Civil Veterinary Dept. Bombay admin report 1914-1922 - 1914-1922
Year: 1914
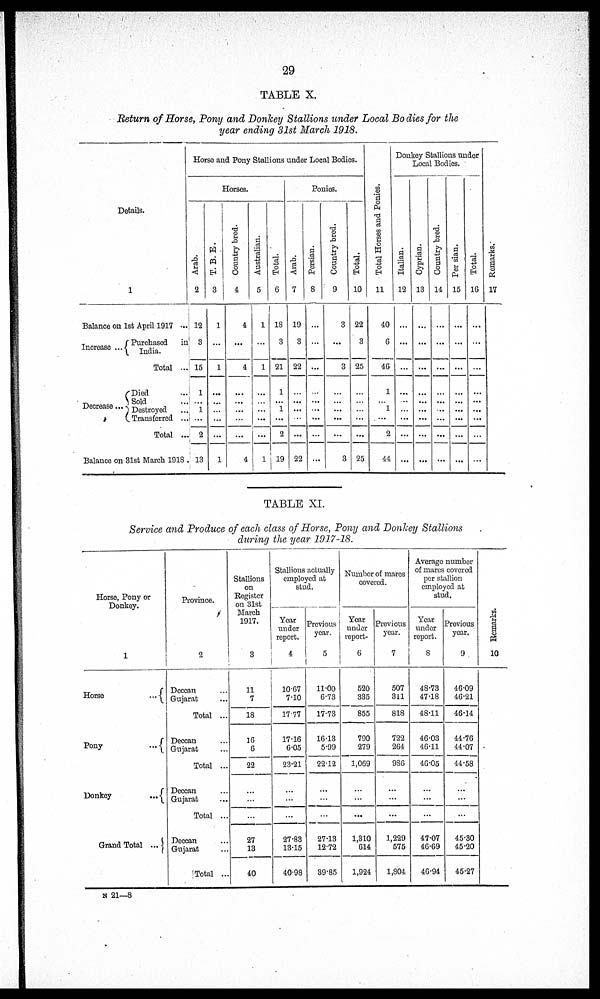
29
TABLE X.
Return of Horse, Pony and Donkey Stallions under Local Bodies for the
year ending 31st March 1918.
Details.
1
Balance on 1st April 1917 ...
Increase ...
Purchased in
India.
Total ...
Decrease ...
Died ...
Sold ...
Destroyed ...
Transferred ...
Total ...
Balance on 31st March 1918
Horse and Pony Stallions under Local Bodies.
Horses.
Arab.
2
12
3
15
1
...
1
...
2
13
T. B. E.
3
1
...
1
....
...
...
.......
...
1
Country bred.
4
4
...
4
....
...
... ....
...
4
Australian.
5
1
...
1
....
....
... ...
...
1
Total.
6
18
3
21
1
....
...
...
2
19
Ponies.
Arab.
7
19
3
22
....
....
1
....
...
22
Persian.
8
....
....
...
....
...
... ...
....
...
Country bred.
9
3
...
3
....
... ... ...
...
3
Total.
10
22
3
25
....
...
... ...
...
25
Tot al Hor s es and Ponies.
11
40
6
46
1
... ...
....
2
44
Donkey Stallions under
Local Bodies.
Italian.
12
....
...
....
....
...
... ...
...
...
Cyprian.
13
....
...
...
....
...
... ...
...
...
Count r
y bred.
14
...
...
...
....
...
... ...
...
...
Per sian.
15
....
...
...
....
...
... ...
...
...
Tot al .
16
...
...
...
....
...
... ...
...
Remarks.
17
TABLE XI.
Service and Produce of each class of Horse, Pony and Donkey Stallions
during the year 1917-18.
Horse, Pony or
Donkey.
1
Horse
...
Pony
...
Donkey
...
Grand Total ...
Province.
2
Deccan ...
Gujarat ...
Total ...
Deccan ...
Gujarat ...
Total ...
Deccan ...
Gujarat ...
Total ...
Deccan ...
Gujarat
Total ...
Stallions
on
Register
on 31st
March
1917.
3
11
7
18
16
6
22
...
...
...
27
13
40
Stallions actually
employed at
stud.
Year
under
report.
4
10.67
7.10
17.77
17.16
6.05
23.21
...
...
...
27.83
13.15
40.98
Previous
year.
5
11.00
6.73
17.73
16.13
5.99
22.12
...
...
...
27.13
12.72
39.85
Number of mares
covered.
Year
under
report.
6
520
335
855
790
279
1,069
...
...
...
1,310
614
1,924
Previous
year.
7
507
311
818
722
264
986
...
...
...
1,229
575
1,804
Average number
of mares covered
per stallion
employed at
stud.
Year
under
report.
8
48.73
47.18
48.11
46.03
46.11
46.05
...
...
...
47.07
46.69
46.94
Previous
year.
9
46.09
46.21
46.14
44.76
44.07
44.58
...
...
45.30
45.20
45.27
Remarks.
10
N 21—8